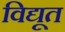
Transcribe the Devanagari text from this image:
विद्यूत